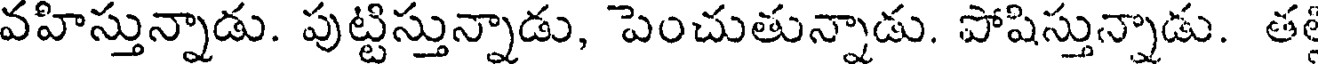
వహిస్తున్నాడు. పుట్టిస్తున్నాడు, పెంచుతున్నాడు. పోషిస్తున్నాడు. త